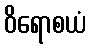
ဝိရောစယံ